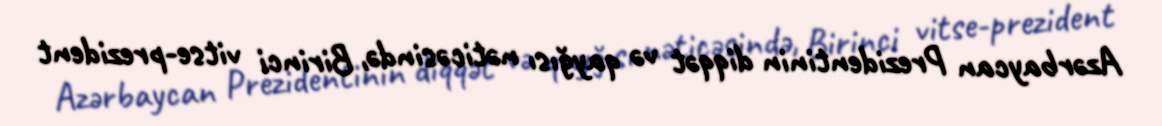
Azərbaycan Prezidentinin diqqət və qayğısı nəticəsində, Birinci vitse-prezident